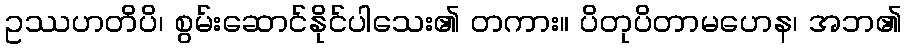
ဥဿဟတိပိ၊ စွမ်းဆောင်နိုင်ပါသေး၏ တကား။ ပိတုပိတာမဟေန၊ အဘ၏